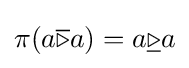
{\textstyle \pi (a{\overline {\triangleright }}a)=a{\underline {\triangleright }}a}